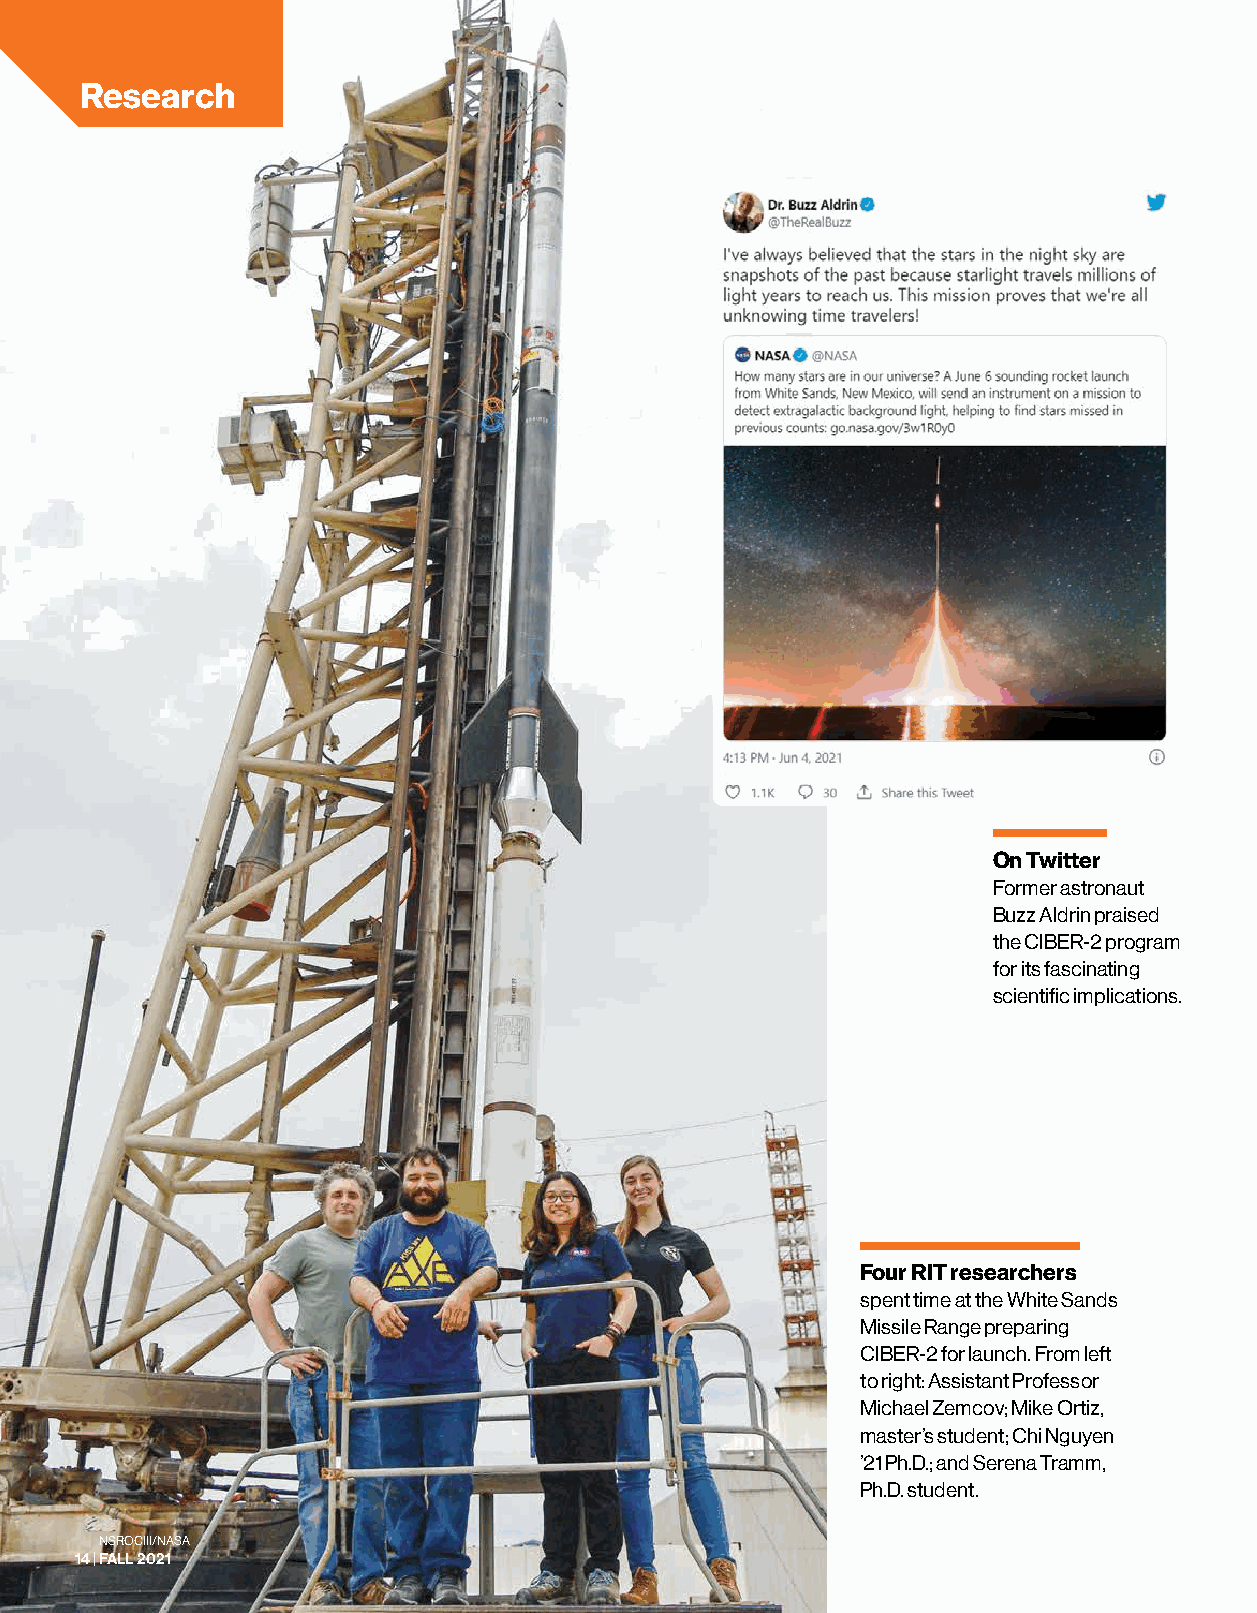
Research
 On Twitter
 Former astronaut
 Buzz Aldrin praised
 the CIBER-2 program
 for its fascinating
 scientific implications.
 Four RIT researchers
 spent time at the White Sands
 Missile Range preparing
 CIBER-2 for launch. From left
 to right: Assistant Professor
 Michael Zemcov; Mike Ortiz,
 master’s student; Chi Nguyen
 ’21 Ph.D.; and Serena Tramm,
 Ph.D. student.
 NSROC III/NASA
 14 | FALL 2021